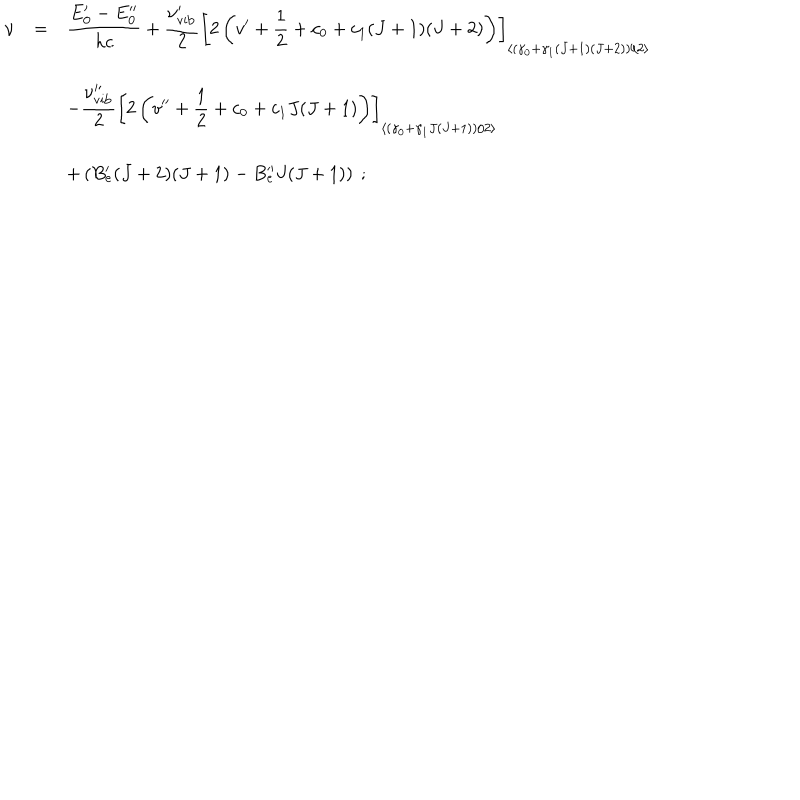
LaTeX: \begin{array} { r c l } { { \nu } } & { { = } } & { { \displaystyle \frac { E _ { 0 } ^ { \prime } - E _ { 0 } ^ { \prime \prime } } { h c } + \displaystyle \frac { \nu _ { \mathrm { v i b } } ^ { \prime } } { 2 } \left[ 2 \left( v ^ { \prime } + { \frac { 1 } { 2 } } + c _ { 0 } + c _ { 1 } ( J + 1 ) ( J + 2 ) \right) \right] _ { \left< \left( \gamma _ { 0 } + \gamma _ { 1 } ( J + 1 ) ( J + 2 ) \right) / 2 \right> } } } \\ { { } } & { { } } & { { - \displaystyle \frac { \nu _ { \mathrm { v i b } } ^ { \prime \prime } } { 2 } \left[ 2 \left( v ^ { \prime \prime } + { \frac { 1 } { 2 } } + c _ { 0 } + c _ { 1 } J ( J + 1 ) \right) \right] _ { \left< \left( \gamma _ { 0 } + \gamma _ { 1 } J ( J + 1 ) \right) / 2 \right> } } } \\ { { } } & { { } } & { { + \left( B _ { e } ^ { \prime } ( J + 2 ) ( J + 1 ) - B _ { e } ^ { \prime \prime } J ( J + 1 ) \right) ~ ; } } \\ \end{array}